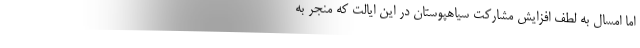
اما امسال به لطف افزایش مشارکت سیاهپوستان در این ایالت که منجر به